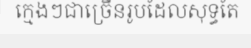
ក្មេងៗជាច្រើនរូបដែលសុទ្ធតែ